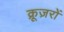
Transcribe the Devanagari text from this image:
क्रूज़रों